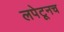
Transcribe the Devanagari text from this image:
लपेटूनच